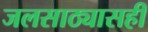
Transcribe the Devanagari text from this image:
जलसाठ्यासही